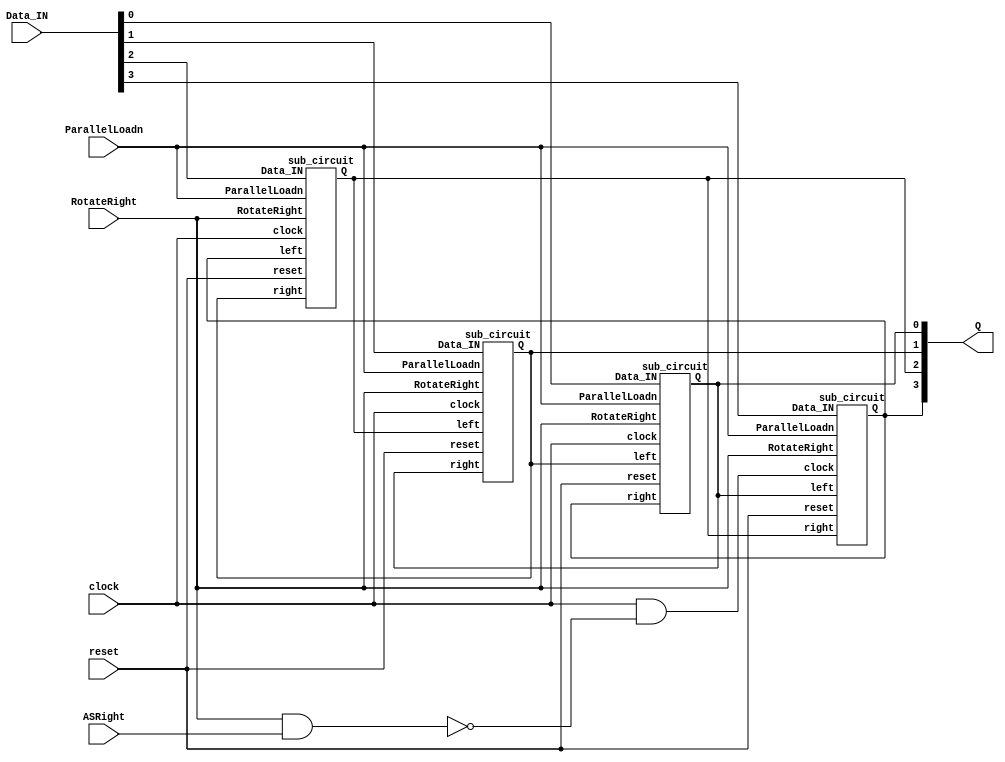
module part3(clock, reset, ParallelLoadn, RotateRight, ASRight, Data_IN, Q);
	input clock, reset, ParallelLoadn, RotateRight, ASRight;
	input [3:0] Data_IN;
	output [3:0] Q;
	wire [3:0] w;
	wire ASClock = clock & ~(RotateRight & ASRight);
	sub_circuit s0(Data_IN[0], RotateRight, ParallelLoadn, Q[3], Q[1], clock, reset, Q[0]); 
	sub_circuit s1(Data_IN[1], RotateRight, ParallelLoadn, Q[0], Q[2], clock, reset, Q[1]); 
	sub_circuit s2(Data_IN[2], RotateRight, ParallelLoadn, Q[1], Q[3], clock, reset, Q[2]); 
	sub_circuit s3(Data_IN[3], RotateRight, ParallelLoadn, Q[2], Q[0], ASClock, reset, Q[3]);
endmodule
	
//collection of mux
module sub_circuit(Data_IN, RotateRight, ParallelLoadn, right, left, clock, reset, Q);
	input Data_IN, RotateRight, ParallelLoadn, right, left, clock, reset;
	output Q;
	wire [1:0] c;
	
	//two mux 2 to 1
	mux_2_to_1 m0 (right, left, RotateRight, c[0]);
	mux_2_to_1 m1 (Data_IN, c[0], ParallelLoadn, c[1]);

	d_ff d0 (reset, clock, c[1], Q);
endmodule 
	
module mux_2_to_1(x, y, s, m);
	input x, y, s;
	output m;
	
	assign m = s ? y : x;
endmodule 

module d_ff(reset, clock, Data, Q);
	input reset, clock, Data;
	output reg Q;

	always @ (posedge clock)
	begin 
		if (reset)
			Q <= 1'b0;
		else
			Q <= Data;
	end
endmodule